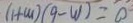
0 = ( m - 6 ) ( m + 1 )